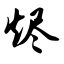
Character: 烬